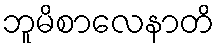
ဘူမိစာလေနာတိ